Virumaa_algkoolid, lk 21
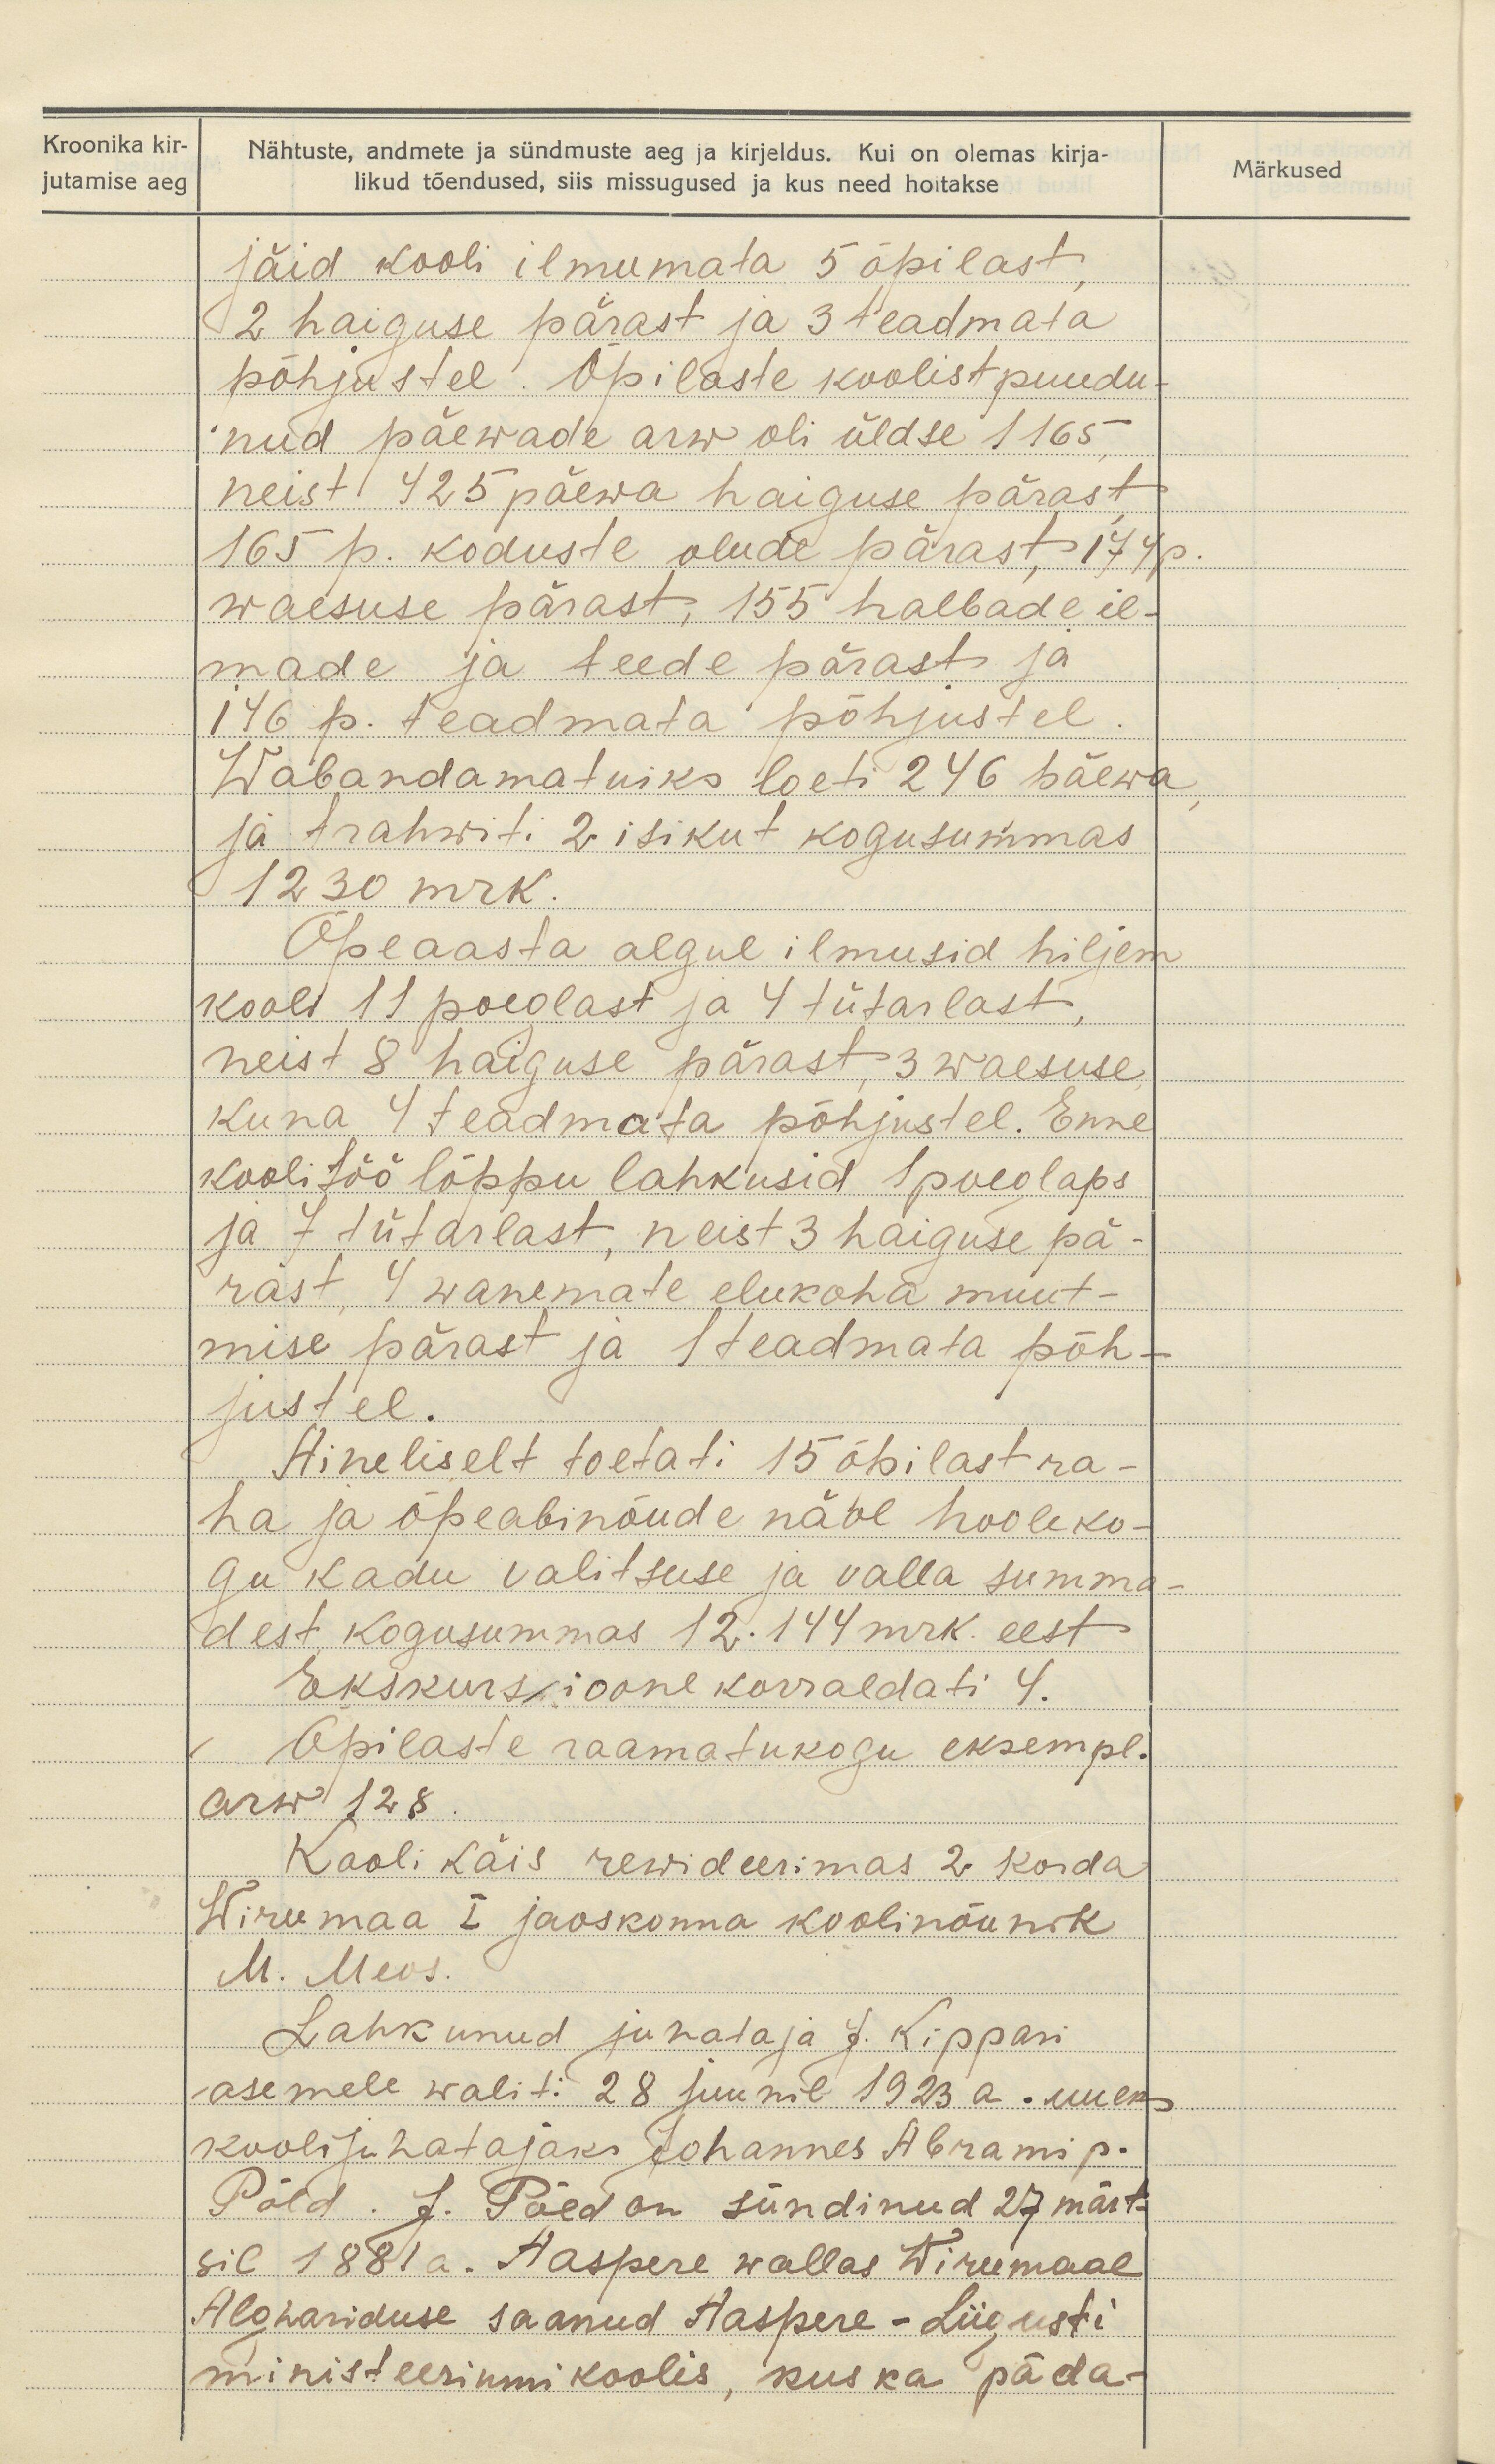
Kroonika kir-
jutamise aeg

Nähtuste, andmete ja sündmuste aeg ja kirjeldus. Kui on olemas kirja-
likud tõendused, siis missugused ja kus need hoitakse

jäid kooli ilmumata 5 õpilast
2 haiguse pärast ja 3 teadmata
põhjustel. Õpilaste koolist puudu-
nud päewade arw oli üldse 1165,
neist 425 päewa haiguse pärast,
165 p. koduste olude pärast, 174 p.
waesuse pärast, 155 halbade il-
made ja teede pärast ja
146 p. teadmata põhjustel.
Wabandamatuiks loeti 246 päewa
ja trahwiti 2 isikut kogusummas.
1230 mrk.
Õpeaasta algul ilmusid hiljem
kooli 11 poeglast ja 4 tütarlast,
neist 8 haiguse pärast 3 waesuse
kuna 4 teadmata põhjustel. Enne
kooli töö lõppu lahkusid 1 poeglaps
ja 7 tütarlast, neist 3 haiguse pä-
rast, 9 wanemate elukoha muut-
mise pärast ja 1 teadmata põh-
justel.
Aineliselt toetati 15 õpilast ra-
ha ja õpeabinõude näol hooleko-
gu kadu valitsuse ja valla summa-
dest kogusummas 12.144 mrk. eest
Ekskursioone korraldati 4.
Õpilaste raamatukogu eksempl.
arw 128.
Kooli käis rewideerimas 2 korda
Wirumaa I jaoskonna koolinõunik
M. Meos.
Lahkunud juhataja J. Kippasi
asemele waliti 28 juunil 1923 a. uueks
koolijuhatajaks Johannes Abrami p.
Põld. J. Põld on sündinud 27 märts-
sil 1881 a. Aaspere wallas Wirumaal
Alghariduse saanud Aaspere - Liigusti
ministeeriumi koolis, kus ka päda-

Märkused